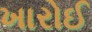
ખારોઈ